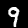
Digit: 9